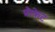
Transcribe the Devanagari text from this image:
प्रौफेट